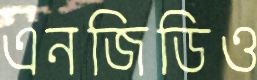
এনজিডিও